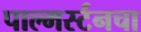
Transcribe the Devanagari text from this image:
पाल्मर्स्टनचा